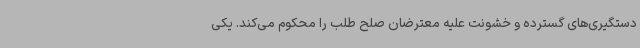
دستگیری‌های گسترده و خشونت علیه معترضان صلح طلب را محکوم می‌کند. یکی